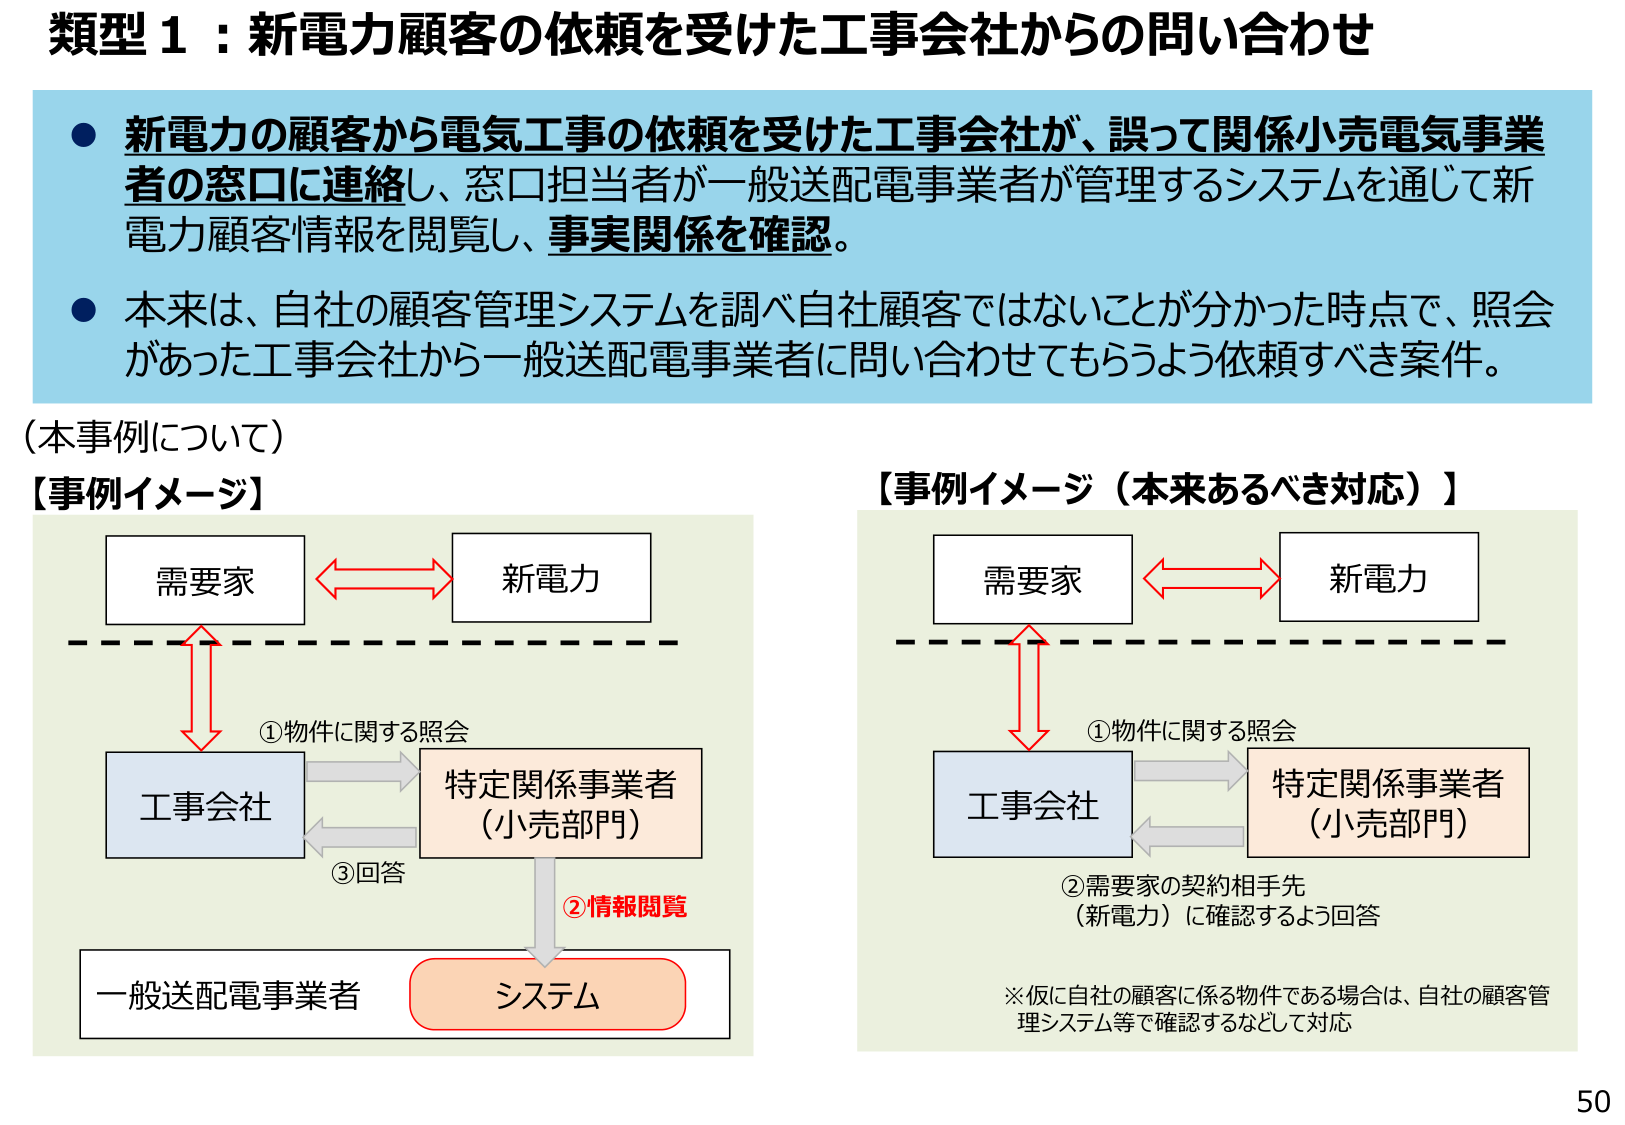
類型１：新電力顧客の依頼を受けた工事会社からの問い合わせ

● 新電力の顧客から電気工事の依頼を受けた工事会社が、誤って関係小売電気事業者の窓口に連絡し、窓口担当者が一般送配電事業者が管理するシステムを通じて新電力顧客情報を閲覧し、事実関係を確認。

● 本来は、自社の顧客管理システムを調べ自社顧客ではないことが分かった時点で、照会があった工事会社から一般送配電事業者に問い合わせてもらうよう依頼すべき案件。

（本事例について）

【事例イメージ】

需要家 ←→ 新電力
　　　　↓
　　　　①物件に関する照会
　　　　↓
工事会社 ←→ 特定関係事業者
　　　　　　　　（小売部門）
　　　　　　　　↓
　　　　　　　　②情報閲覧
　　　　　　　　↓
一般送配電事業者　システム
　　　　　　　　③回答

【事例イメージ（本来あるべき対応）】

需要家 ←→ 新電力
　　　　↓
　　　　①物件に関する照会
　　　　↓
工事会社 ←→ 特定関係事業者
　　　　　　　　（小売部門）
　　　　　　　　↓
　　　　　　　　②需要家の契約相手先
　　　　　　　　　（新電力）に確認するよう回答

※仮に自社の顧客に係る物件である場合は、自社の顧客管理システム等で確認するなどして対応

50